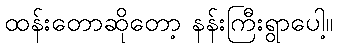
ထန်းတောဆိုတော့ နန်းကြီးရွာပေါ့။